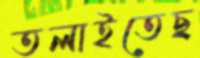
তলাইতেছ